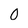
Character: 0